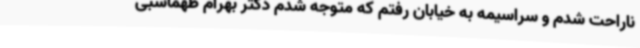
ناراحت شدم و سراسیمه به خیابان رفتم که متوجه شدم دکتر بهرام طهماسبی